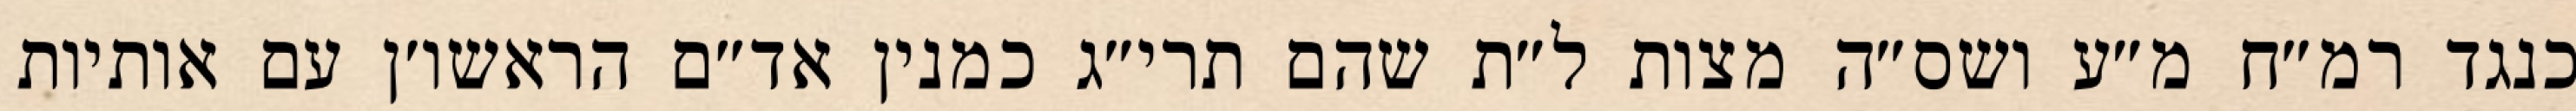
כנגד רמ״ח מ״ע ושס״ה מצות ל״ת שהם תרי״ג כמנין אד״ם הראשו׳ן עם אותיות